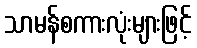
သာမန်စကားလုံးများဖြင့်